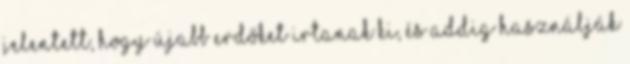
jelentett, hogy újabb erdőket irtanak ki, és addig használják